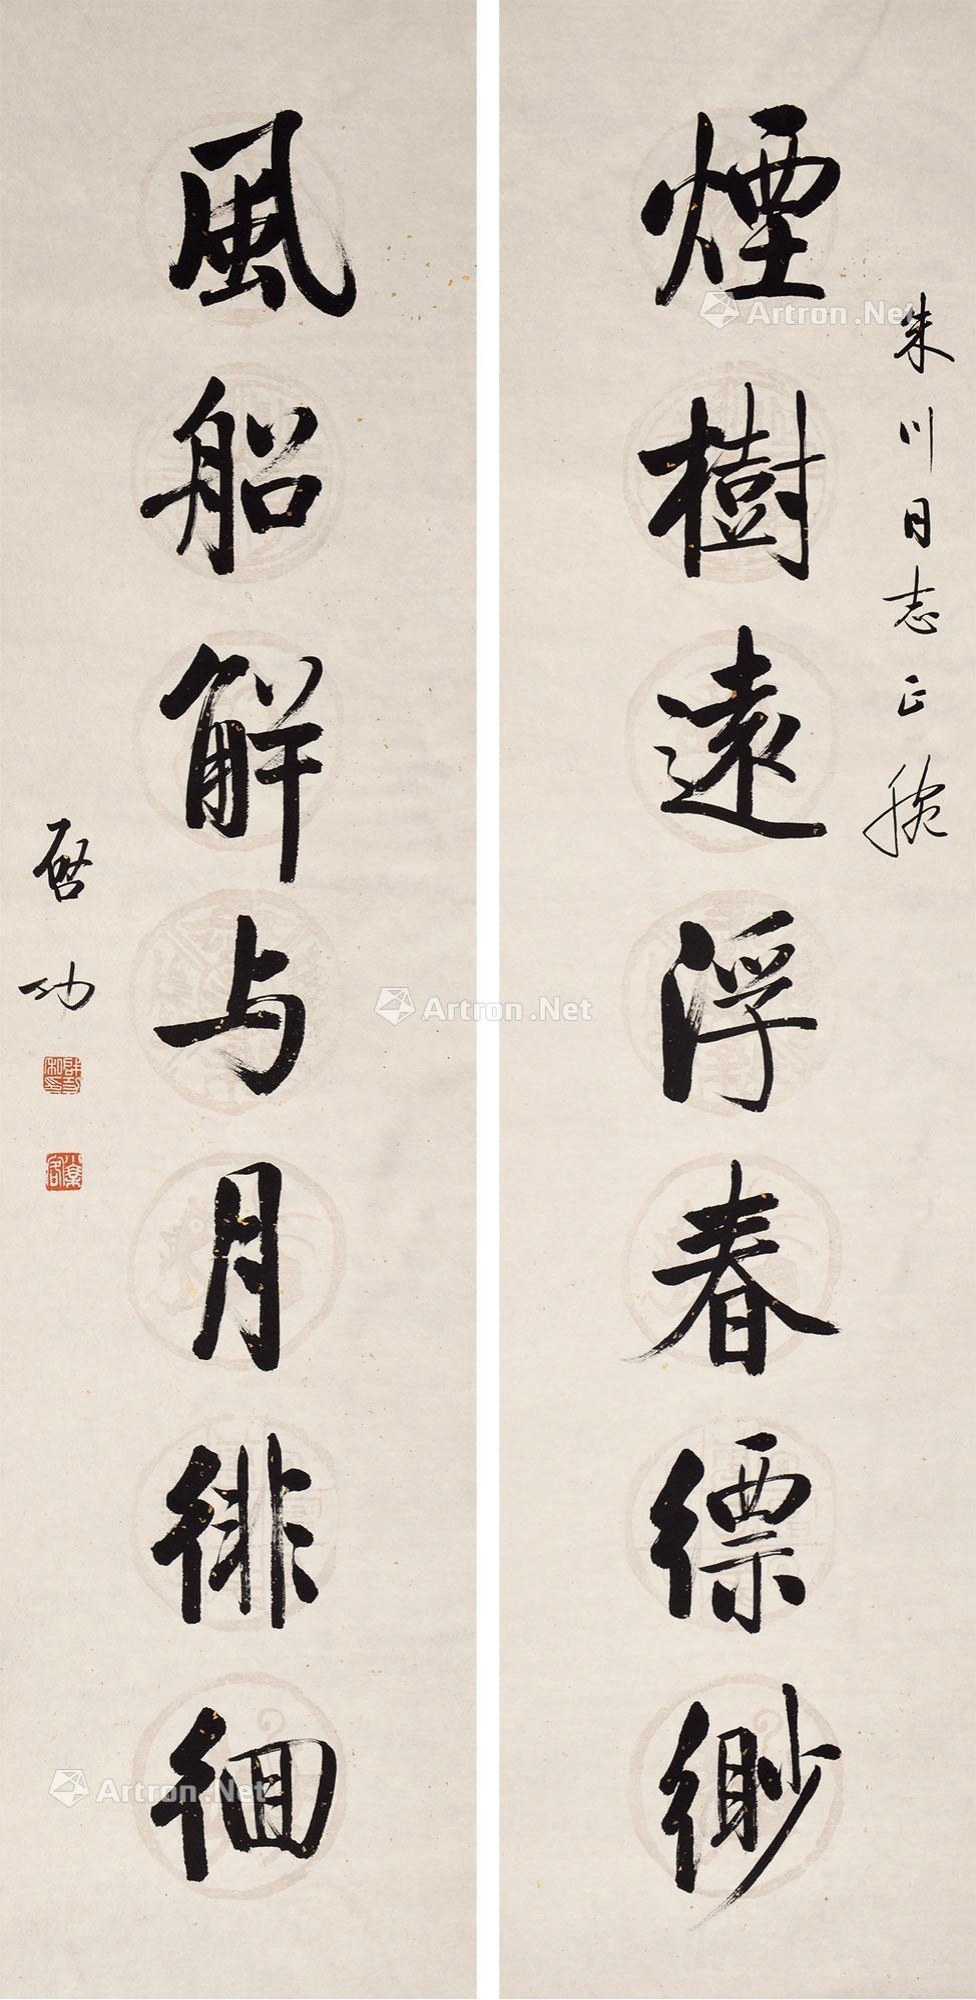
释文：烟树远浮春结清渺，风船解与月徘徊。朱川同志正挽，启功。